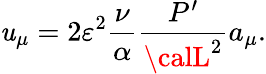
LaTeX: \mathit{u}_{\mu}=2\varepsilon^{2}\frac{{\nu}}{{\alpha}}\frac{{P^{\prime}}}{{{\calL}^{2}}}a_{\mu}.